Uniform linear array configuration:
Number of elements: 24
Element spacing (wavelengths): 0.75
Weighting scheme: blackman
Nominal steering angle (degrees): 0
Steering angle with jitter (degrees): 0.7455
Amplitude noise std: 0.05
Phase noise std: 0.05

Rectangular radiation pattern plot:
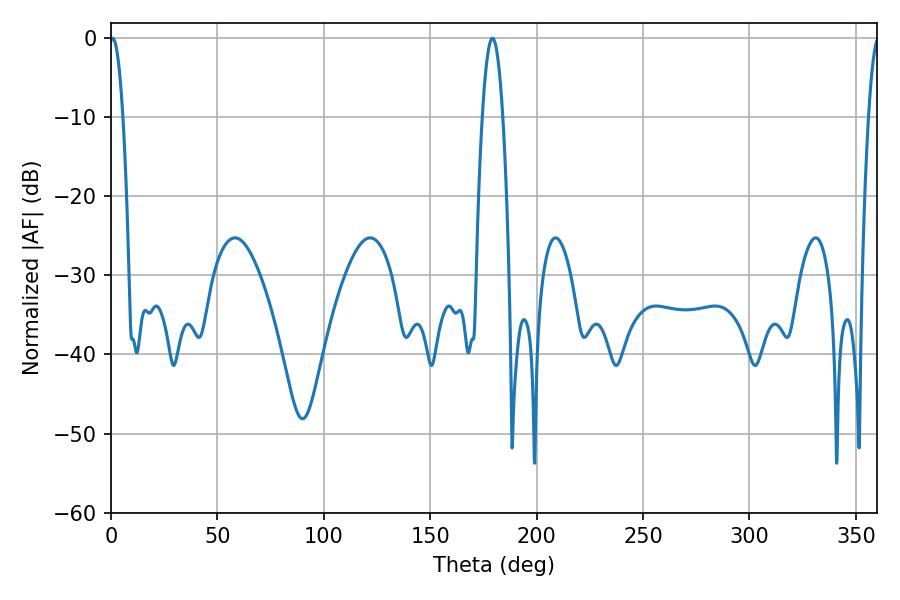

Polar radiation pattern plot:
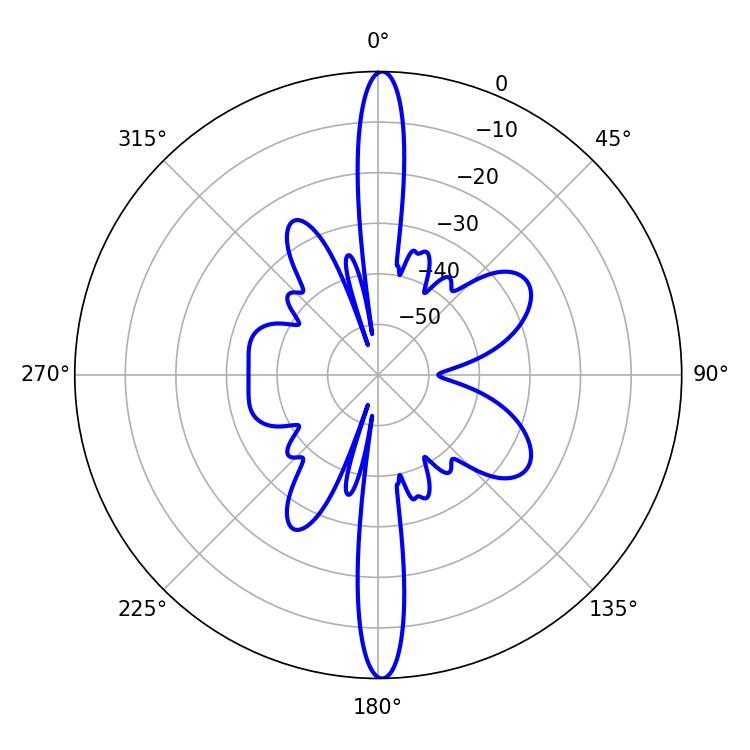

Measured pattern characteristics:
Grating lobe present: TRUE
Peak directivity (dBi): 27.716
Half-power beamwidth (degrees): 3.42
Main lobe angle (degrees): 0.72